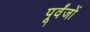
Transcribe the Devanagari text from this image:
पूर्वंजों